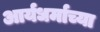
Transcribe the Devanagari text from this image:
आर्यधर्माच्या